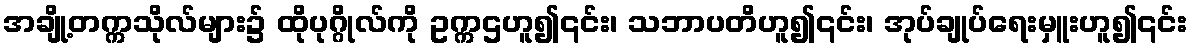
အချို့တက္ကသိုလ်များ၌ ထိုပုဂ္ဂိုလ်ကို ဥက္ကဌဟူ၍၎င်း၊ သဘာပတိဟူ၍၎င်း၊ အုပ်ချုပ်ရေးမှူးဟူ၍၎င်း